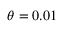
\theta = 0 . 0 1